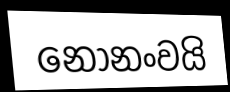
නොනංවයි